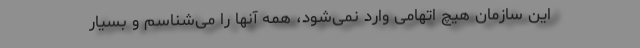
این سازمان هیچ اتهامی وارد نمی‌شود، همه آنها را می‌شناسم و بسیار